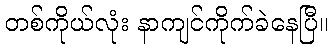
တစ်ကိုယ်လုံး နာကျင်ကိုက်ခဲနေပြီ။